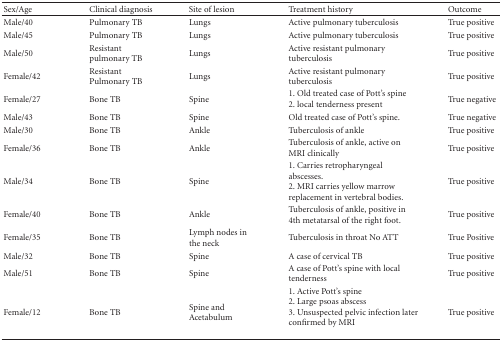
<table><thead><tr><td><b>Sex/Age</b></td><td><b>Clinical diagnosis</b></td><td><b>Site of lesion</b></td><td><b>Treatment history</b></td><td><b>Outcome</b></td></tr></thead><tbody><tr><td>Male/40</td><td>Pulmonary TB</td><td>Lungs</td><td>Active pulmonary tuberculosis</td><td>True positive</td></tr><tr><td>Male/45</td><td>Pulmonary TB</td><td>Lungs</td><td>Active pulmonary tuberculosis</td><td>True positive</td></tr><tr><td>Male/50</td><td>Resistant pulmonary TB</td><td>Lungs</td><td>Active resistant pulmonary tuberculosis</td><td>True positive</td></tr><tr><td>Female/42</td><td>Resistant Pulmonary TB</td><td>Lungs</td><td>Active resistant pulmonary tuberculosis</td><td>True positive</td></tr><tr><td>Female/27</td><td>Bone TB</td><td>Spine</td><td>1. Old treated case of Pott&#x27;s spine2. local tenderness present</td><td>True negative</td></tr><tr><td>Male/43</td><td>Bone TB</td><td>Spine</td><td>Old treated case of Pott&#x27;s spine.</td><td>True negative</td></tr><tr><td>Male/30</td><td>Bone TB</td><td>Ankle</td><td>Tuberculosis of ankle</td><td>True positive</td></tr><tr><td>Female/36</td><td>Bone TB</td><td>Ankle</td><td>Tuberculosis of ankle, active on MRI clinically</td><td>True positive</td></tr><tr><td>Male/34</td><td>Bone TB</td><td>Spine</td><td>1. Carries retropharyngeal abscesses.2. MRI carries yellow marrow replacement in vertebral bodies.</td><td>True positive</td></tr><tr><td>Female/40</td><td>Bone TB</td><td>Ankle</td><td>Tuberculosis of ankle, positive in 4th metatarsal of the right foot.</td><td>True positive</td></tr><tr><td>Female/35</td><td>Bone TB</td><td>Lymph nodes in the neck</td><td>Tuberculosis in throat No ATT</td><td>True Positive</td></tr><tr><td>Male/32</td><td>Bone TB</td><td>Spine</td><td>A case of cervical TB</td><td>True positive</td></tr><tr><td>Male/51</td><td>Bone TB</td><td>Spine</td><td>A case of Pott&#x27;s spine with local tenderness</td><td>True positive</td></tr><tr><td>Female/12</td><td>Bone TB</td><td>Spine and Acetabulum</td><td>1. Active Pott&#x27;s spine2. Large psoas abscess 3. Unsuspected pelvic infection later confirmed by MRI</td><td>True positive</td></tr></tbody></table>